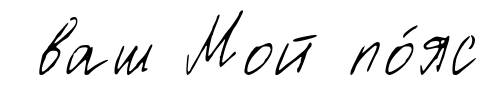
ваш Мой по́яс